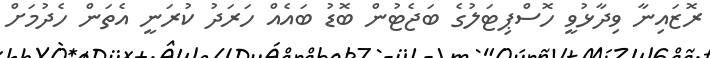
ރޮޒައިނާ ވިދާޅުވީ ހޮސްޕިޓަލުގެ ބަޖެޓުން ބޮޑު ބައެއް ހަރަދު ކުރަނީ އެތަން ހެދުމަށް